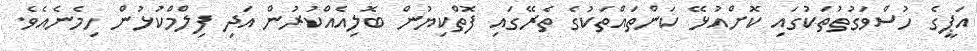
އަޕީގެ ހުސްވަގުތުތަކުގައި ކޮށްއުޅޭ ކަންތައްތަކުގެ ތެރޭގައި ފޮތްކިޔުން ބޮލިއެއްކުރުން އަދި ފިލްމްކުޅުން ހިމެނެއެވެ.